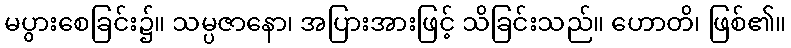
မပွားစေခြင်း၌။ သမ္ပဇာနော၊ အပြားအားဖြင့် သိခြင်းသည်။ ဟောတိ၊ ဖြစ်၏။